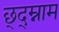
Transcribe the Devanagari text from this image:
छ्द्म्नाम